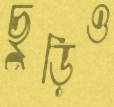
ছুড়িও